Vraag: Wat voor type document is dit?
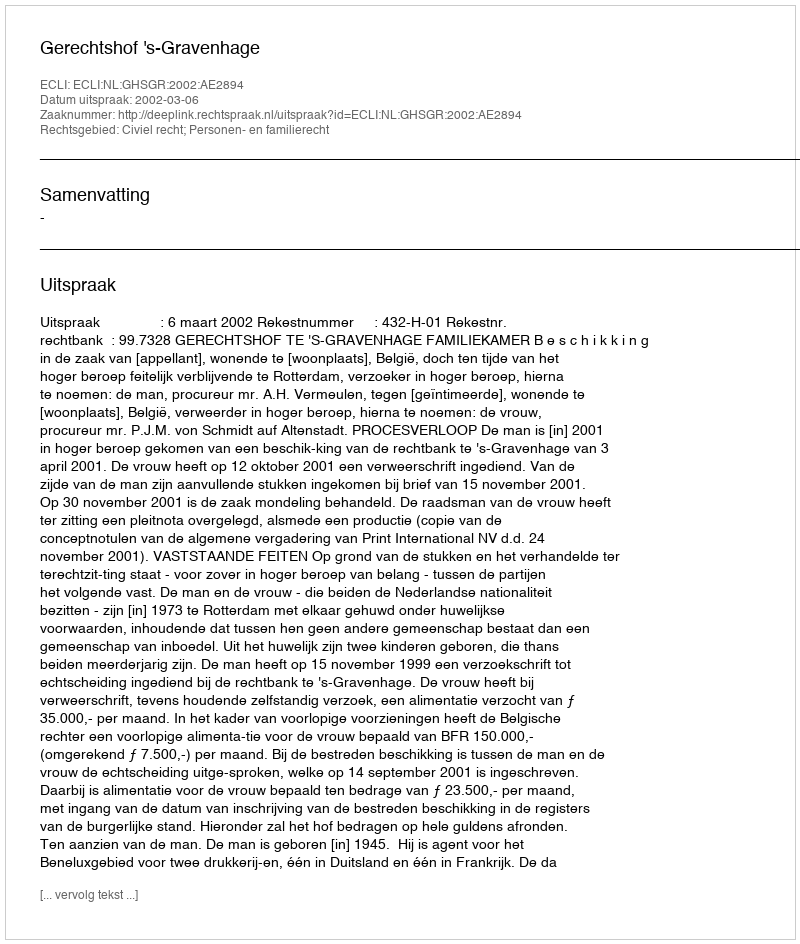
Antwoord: Uitspraak